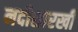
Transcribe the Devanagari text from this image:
नदीसारखी